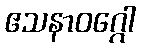
ဧသနာဝဂ္ဂေါ